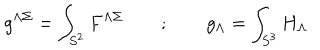
LaTeX: g ^ { \Lambda \Sigma } = \int _ { S ^ { 2 } } F ^ { \Lambda \Sigma } \qquad ; \qquad g _ { \Lambda } = \int _ { S ^ { 3 } } H _ { \Lambda }